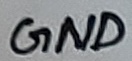
Text: GND